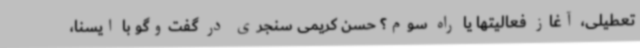
تعطیلی، آغاز فعالیتها یا راه سوم؟ حسن کریمی سنجری در گفت‌وگو با ایسنا،